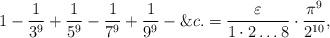
LaTeX: \begin{align*}1-\frac{1}{3^9}+\frac{1}{5^9}-\frac{1}{7^9}+\frac{1}{9^9}-\&c.=\frac{\varepsilon}{1\cdot 2\ldots 8}\cdot\frac{\pi^9}{2^{10}},\end{align*}